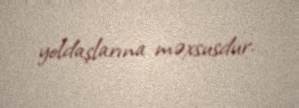
yoldaşlarına məxsusdur.